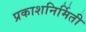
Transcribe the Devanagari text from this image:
प्रकाशनिर्मिती